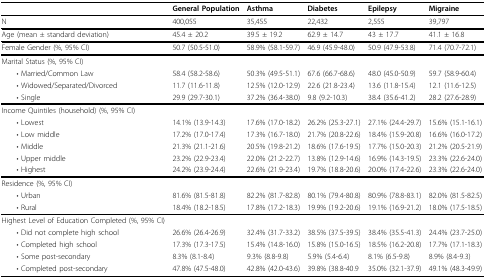
<table><thead><tr><td></td><td><b>General Population</b></td><td><b>Asthma</b></td><td><b>Diabetes</b></td><td><b>Epilepsy</b></td><td><b>Migraine</b></td></tr></thead><tbody><tr><td>N</td><td>400,055</td><td>35,455</td><td>22,432</td><td>2,555</td><td>39,797</td></tr><tr><td>Age (mean ± standard deviation)</td><td>45.4 ± 20.2</td><td>39.5 ± 19.2</td><td>62.9 ± 14.7</td><td>43 ± 17.7</td><td>41.1 ± 16.8</td></tr><tr><td>Female Gender (%, 95% CI)</td><td>50.7 (50.5-51.0)</td><td>58.9% (58.1-59.7)</td><td>46.9 (45.9-48.0)</td><td>50.9 (47.9-53.8)</td><td>71.4 (70.7-72.1)</td></tr><tr><td>Marital Status (%, 95% CI)</td><td></td><td></td><td></td><td></td><td></td></tr><tr><td> • Married/Common Law</td><td>58.4 (58.2-58.6)</td><td>50.3% (49.5-51.1)</td><td>67.6 (66.7-68.6)</td><td>48.0 (45.0-50.9)</td><td>59.7 (58.9-60.4)</td></tr><tr><td> • Widowed/Separated/Divorced</td><td>11.7 (11.6-11.8)</td><td>12.5% (12.0-12.9)</td><td>22.6 (21.8-23.4)</td><td>13.6 (11.8-15.4)</td><td>12.1 (11.6-12.5)</td></tr><tr><td> • Single</td><td>29.9 (29.7-30.1)</td><td>37.2% (36.4-38.0)</td><td>9.8 (9.2-10.3)</td><td>38.4 (35.6-41.2)</td><td>28.2 (27.6-28.9)</td></tr><tr><td>Income Quintiles (household) (%, 95% CI)</td><td></td><td></td><td></td><td></td><td></td></tr><tr><td> • Lowest</td><td>14.1% (13.9-14.3)</td><td>17.6% (17.0-18.2)</td><td>26.2% (25.3-27.1)</td><td>27.1% (24.4-29.7)</td><td>15.6% (15.1-16.1)</td></tr><tr><td> • Low middle</td><td>17.2% (17.0-17.4)</td><td>17.3% (16.7-18.0)</td><td>21.7% (20.8-22.6)</td><td>18.4% (15.9-20.8)</td><td>16.6% (16.0-17.2)</td></tr><tr><td> • Middle</td><td>21.3% (21.1-21.6)</td><td>20.5% (19.8-21.2)</td><td>18.6% (17.6-19.5)</td><td>17.7% (15.0-20.3)</td><td>21.2% (20.5-21.9)</td></tr><tr><td> • Upper middle</td><td>23.2% (22.9-23.4)</td><td>22.0% (21.2-22.7)</td><td>13.8% (12.9-14.6)</td><td>16.9% (14.3-19.5)</td><td>23.3% (22.6-24.0)</td></tr><tr><td> • Highest</td><td>24.2% (23.9-24.4)</td><td>22.6% (21.9-23.4)</td><td>19.7% (18.8-20.6)</td><td>20.0% (17.4-22.6)</td><td>23.3% (22.6-24.0)</td></tr><tr><td>Residence (%, 95% CI)</td><td></td><td></td><td></td><td></td><td></td></tr><tr><td> • Urban</td><td>81.6% (81.5-81.8)</td><td>82.2% (81.7-82.8)</td><td>80.1% (79.4-80.8)</td><td>80.9% (78.8-83.1)</td><td>82.0% (81.5-82.5)</td></tr><tr><td> • Rural</td><td>18.4% (18.2-18.5)</td><td>17.8% (17.2-18.3)</td><td>19.9% (19.2-20.6)</td><td>19.1% (16.9-21.2)</td><td>18.0% (17.5-18.5)</td></tr><tr><td>Highest Level of Education Completed (%, 95% CI)</td><td></td><td></td><td></td><td></td><td></td></tr><tr><td> • Did not complete high school</td><td>26.6% (26.4-26.9)</td><td>32.4% (31.7-33.2)</td><td>38.5% (37.5-39.5)</td><td>38.4% (35.5-41.3)</td><td>24.4% (23.7-25.0)</td></tr><tr><td> • Completed high school</td><td>17.3% (17.3-17.5)</td><td>15.4% (14.8-16.0)</td><td>15.8% (15.0-16.5)</td><td>18.5% (16.2-20.8)</td><td>17.7% (17.1-18.3)</td></tr><tr><td> • Some post-secondary</td><td>8.3% (8.1-8.4)</td><td>9.3% (8.8-9.8)</td><td>5.9% (5.4-6.4)</td><td>8.1% (6.5-9.8)</td><td>8.9% (8.4-9.3)</td></tr><tr><td> • Completed post-secondary</td><td>47.8% (47.5-48.0)</td><td>42.8% (42.0-43.6)</td><td>39.8% (38.8-40.9</td><td>35.0% (32.1-37.9)</td><td>49.1% (48.3-49.9)</td></tr></tbody></table>